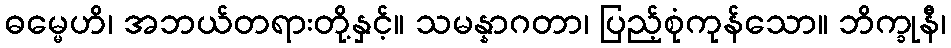
ဓမ္မေဟိ၊ အဘယ်တရားတို့နှင့်။ သမန္နာဂတာ၊ ပြည့်စုံကုန်သော။ ဘိက္ခုနီ၊